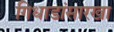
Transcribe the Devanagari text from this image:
गिधाडांसारखा